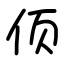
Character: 㑔